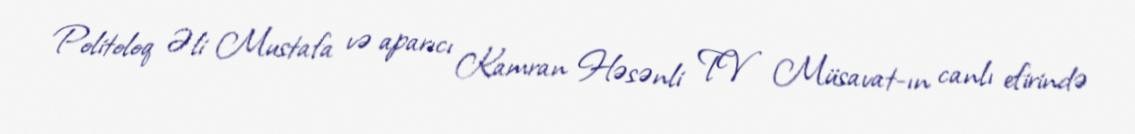
Politoloq Əli Mustafa və aparıcı Kamran Həsənli TV Müsavat-ın canlı efirində